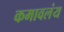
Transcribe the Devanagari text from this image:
कमावलंय